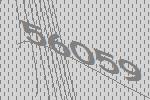
56059